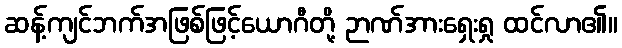
ဆန့်ကျင်ဘက်အဖြစ်ဖြင့်ယောဂီတို့ ဉာဏ်အားရှေးရှု ထင်လာ၏။